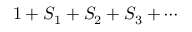
1 + S _ { 1 } + S _ { 2 } + S _ { 3 } + \cdots